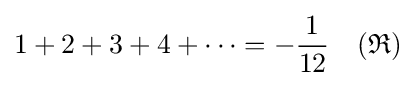
1+2+3+4+\cdots =-{\frac {1}{12}}\quad ({\mathfrak {R}})